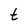
Character: t